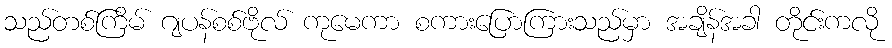
သည်တစ်ကြိမ် ဂျပန်စစ်ဗိုလ် ကုမေကာ စကားပြောကြားသည်မှာ အချိန်အခါ တိုင်းကလို